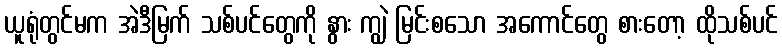
ယူရုံတွင်မက အဲဒီမြက် သစ်ပင်တွေကို နွား ကျွဲ မြင်းစသော အကောင်တွေ စားတော့ ထိုသစ်ပင်